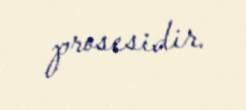
prosesidir.